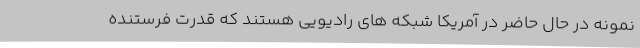
نمونه در حال حاضر در آمریکا شبکه های رادیویی هستند که قدرت فرستنده